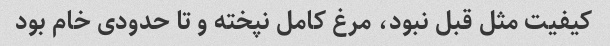
کیفیت مثل قبل نبود، مرغ کامل نپخته و تا حدودی خام بود